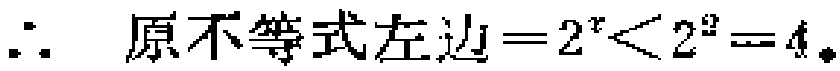
\(\therefore\) 原不等式左边\(=2^{x}<2^{2}=4\)。